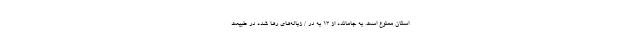
استان ممنوع است. به جامانده از ۱۳ به در / زباله‌های رها شده در طبیعت